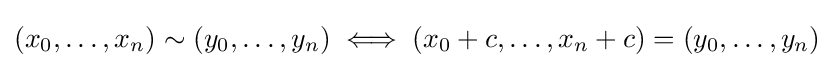
(x_{0},\dots ,x_{n})\sim (y_{0},\dots ,y_{n})\iff (x_{0}+c,\dots ,x_{n}+c)=(y_{0},\dots ,y_{n})